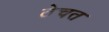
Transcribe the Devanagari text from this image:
ठेचत